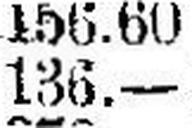
136.—